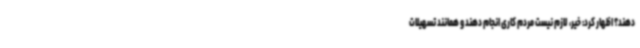
دهند؟ اظهار کرد: خیر، لازم نیست مردم کاری انجام دهند و همانند تسهیلات